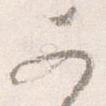
あ